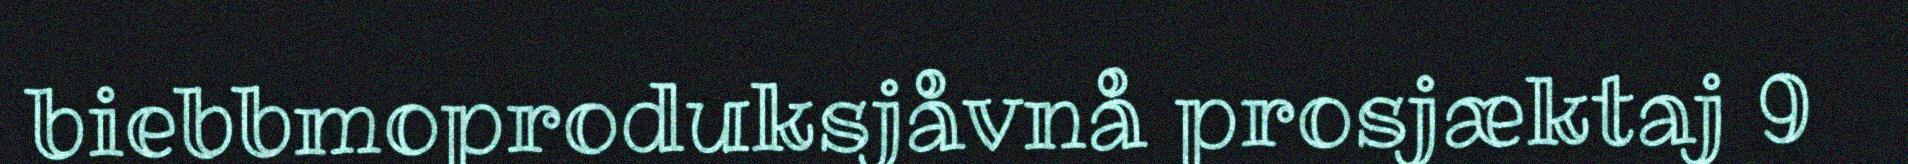
biebbmoproduksjåvnå prosjæktaj 9